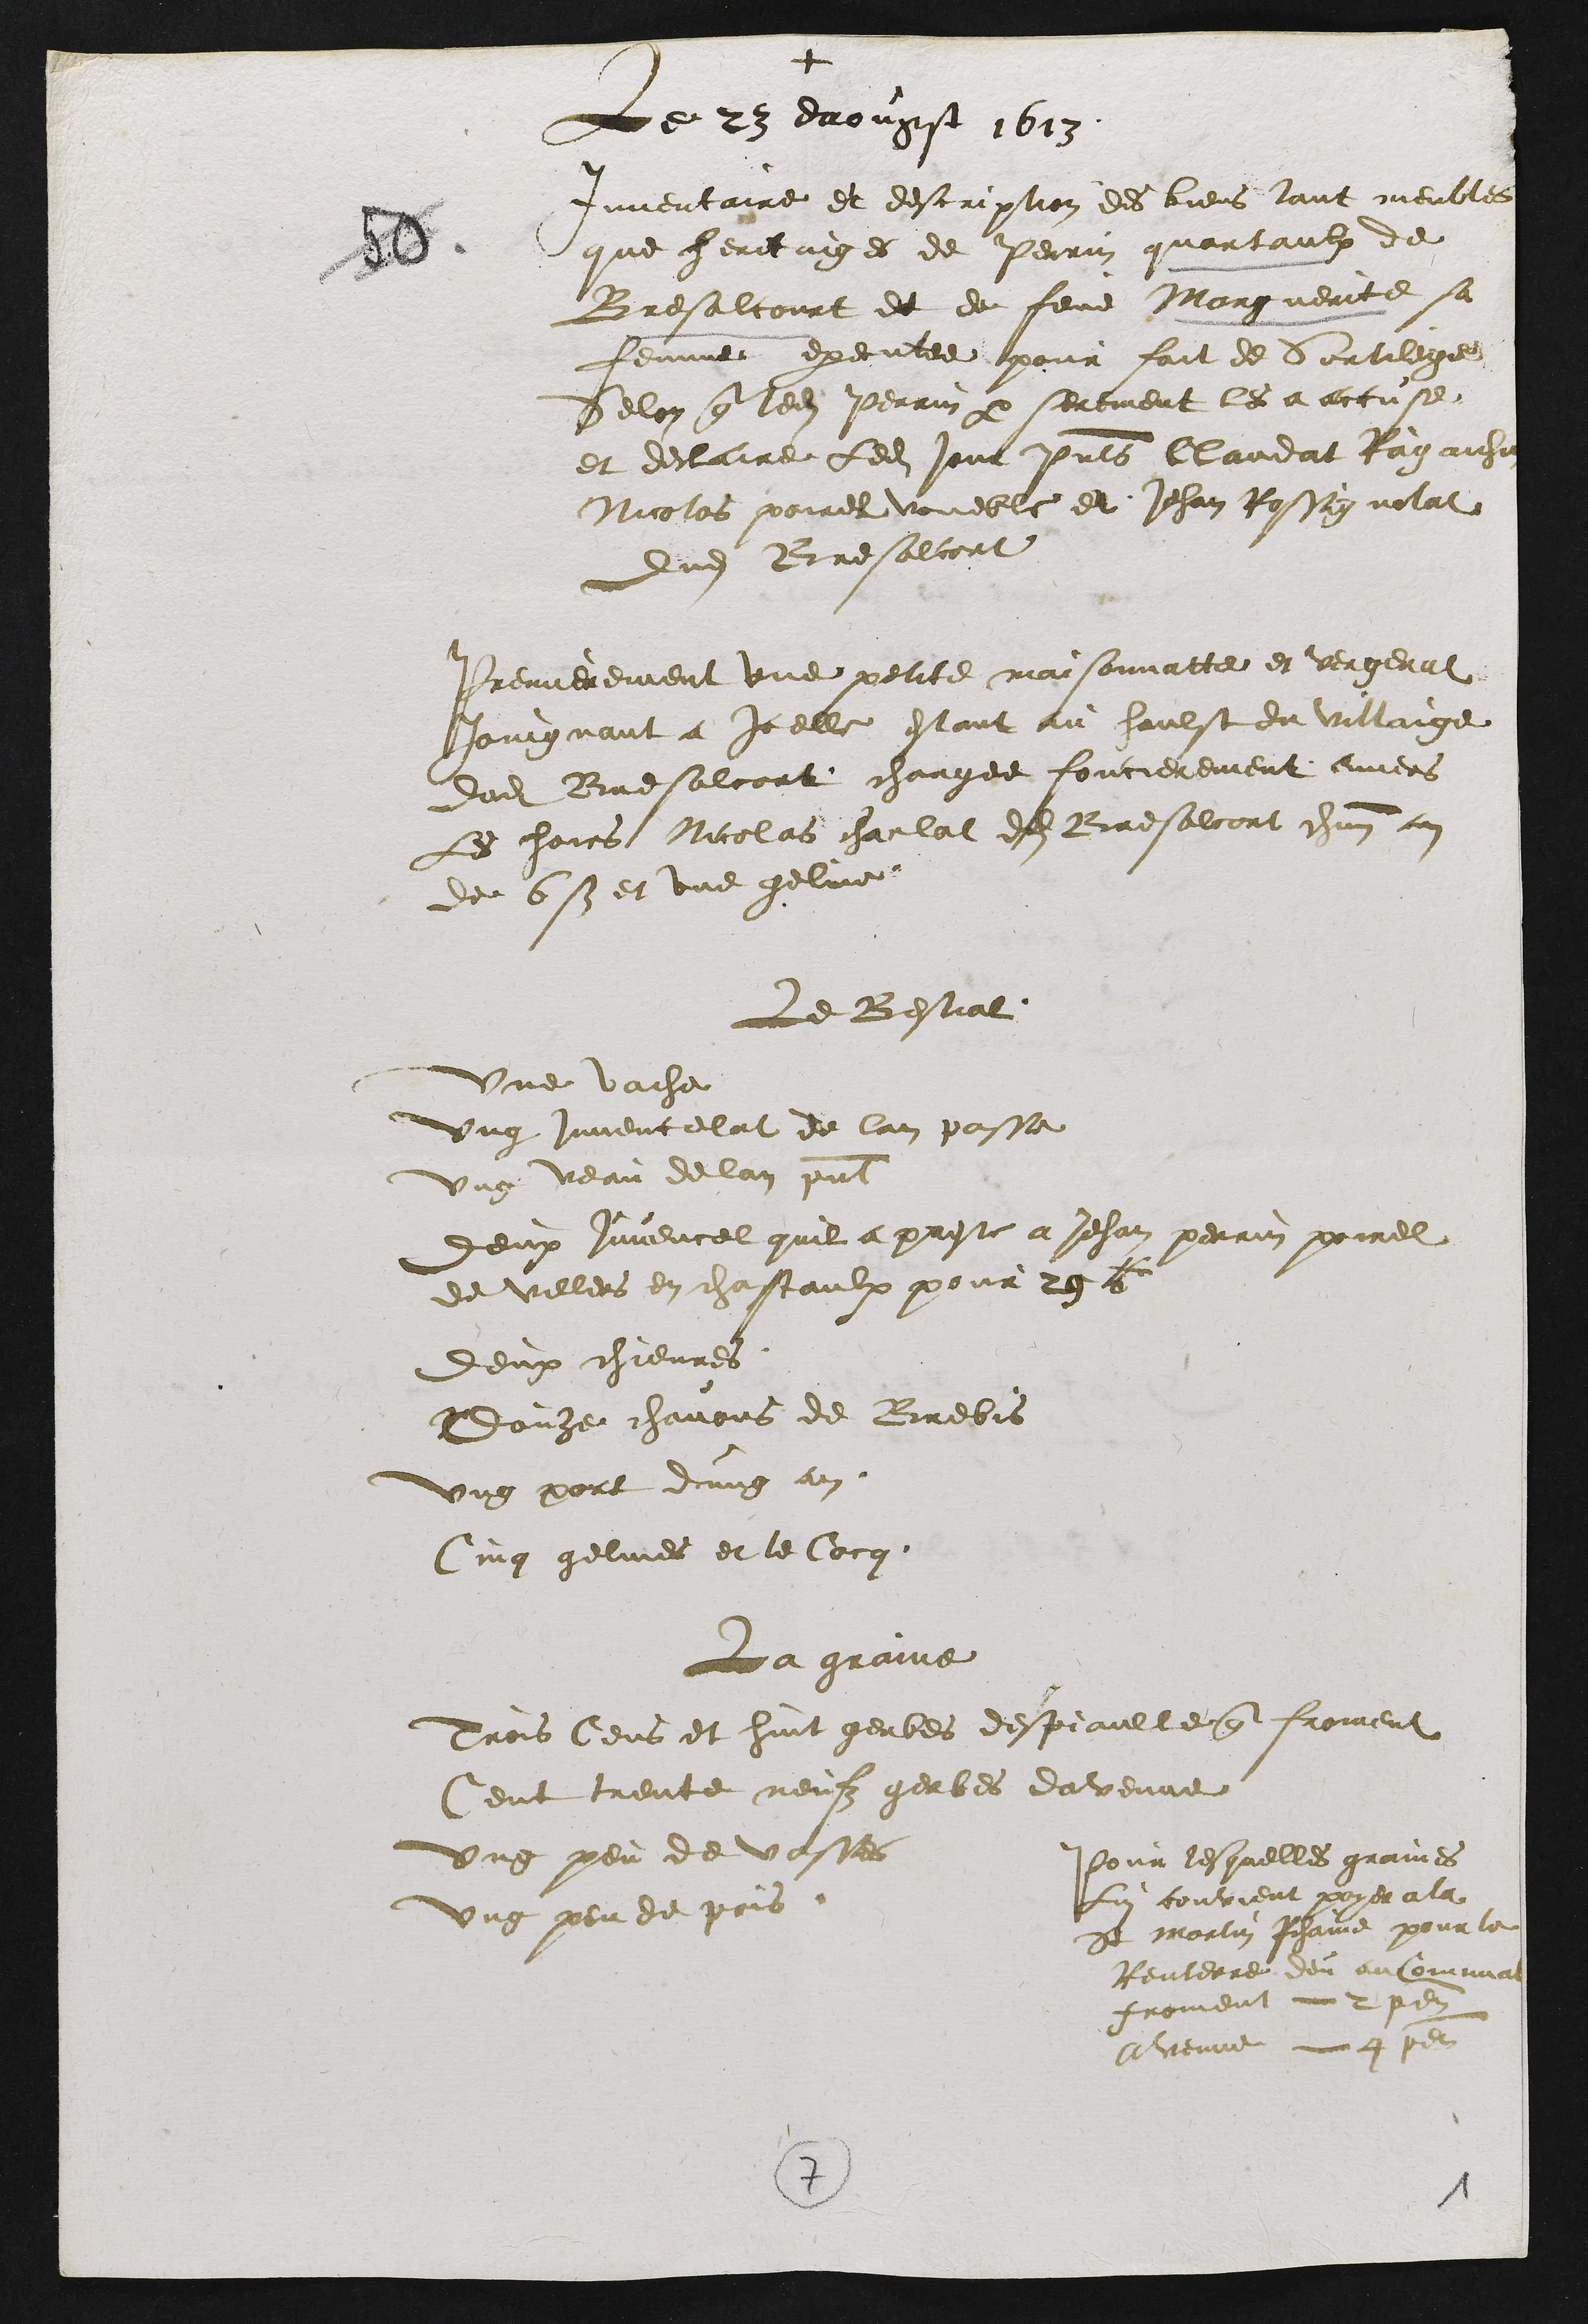
+
Le 23 daougst 1613
Inventaire et descripsion des biens tant meubles
que heretaiges de Perrin quartaulx de
Bresalcourt de de feme Marguerite sa
femme executee pour fait de Sortilege
Selon que ledit Perrin par serement les a accuse
et declaire ledit jour presents Claudat faiche
Nicolas poiret voueble et JehanRosse nolat
dudit Bresalcort
Premierement une petite maisonnatte et vergenat
Joingnant a Icelle estant au haulst du villaige
dudit Bresalcort chargee foncierement amens
Les hois Nicolas charlat dudit Bresalcort che
de 6b et une geline
Le Bestial
une vache
ung juvencelat de lan passe
ung veau de lan present
deux juvencel quil a preste a Jehan perrin poirel
de villers en chastaulx pour le le
deux chievres
douze chavois de Brebis
ung part dung au
Qung gelines et le Cor
La grainne
Brois Cens et hint gerbes despaulte que froirent
Cent trente nen gerbes davenue
ung peu de vasses
ung peu de pois
Pour lesquelles grainnes
Lui contient payer a la
de marlin dame pour le
tenterre deu au lora
froment en
Avenue et